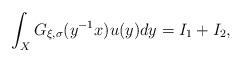
LaTeX: \begin{align*} \int_{X}G_{\xi, \sigma}(y^{-1}x)u(y)dy=I_{1}+I_{2},\end{align*}